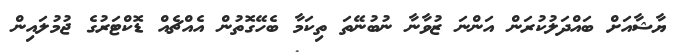
ޔާޝާއަށް ބައްދަލުކުރަން އަންނަ ޒުވާނާ ނުބުނޭތަ ތިކަމާ ބެހޭގޮތުން އެއްޗެއް ޑޮކްޓަރުގެ ޖުމުލައިން